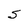
Character: S